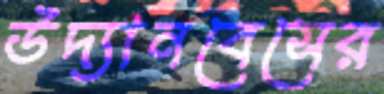
উদ্যানবেসের